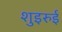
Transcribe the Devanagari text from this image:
शुइरुई